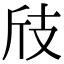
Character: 𢺼